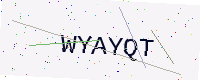
Text: WYAYQT